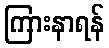
ကြားနာရန်